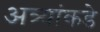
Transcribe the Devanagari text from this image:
अत्र्यांकडे